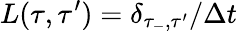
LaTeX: L(\tau,\tau^{\prime})=\delta_{\tau_{-},\tau^{\prime}}/\Delta t